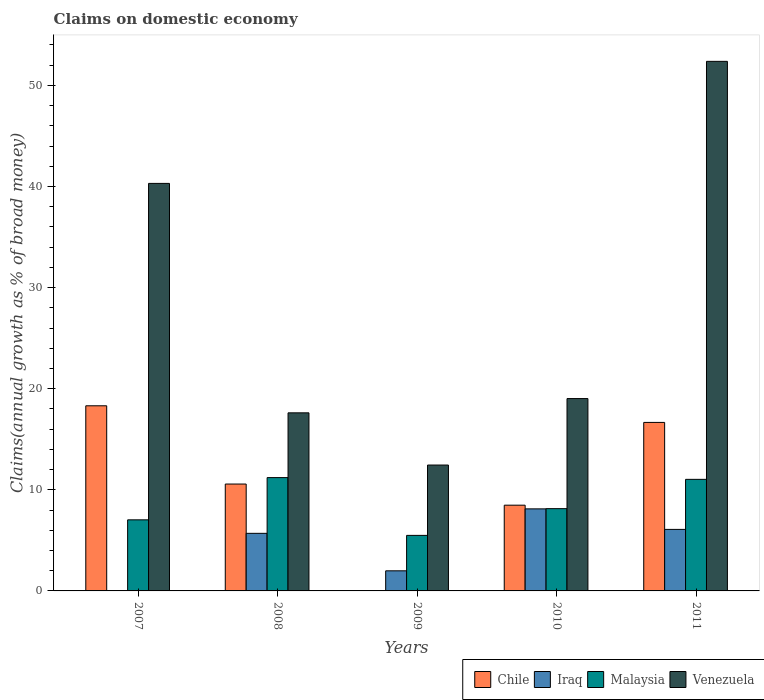
| Years | Chile | Iraq | Malaysia | Venezuela |
 | --- | --- | --- | --- | --- |
 | 2007 | 18.3 | -0.0442 | 7.03 | 40.3 |
 | 2008 | 10.6 | 5.7 | 11.2 | 17.6 |
 | 2009 | -1.96 | 1.99 | 5.49 | 12.5 |
 | 2010 | 8.48 | 8.12 | 8.14 | 19 |
 | 2011 | 16.7 | 6.09 | 11 | 52.4 |